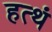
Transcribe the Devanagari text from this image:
हत्थं